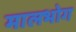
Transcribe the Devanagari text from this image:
मालभोग